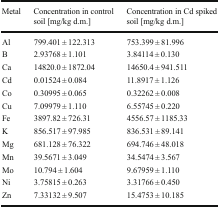
| Metal | Concentration in control soil [mg/kg d.m.] | Concentration in Cd spiked soil [mg/kg d.m.] |
 | --- | --- | --- |
 | Al | 799.401 ± 122.313 | 753.399 ± 81.996 |
 | B | 2.93768 ± 1.101 | 3.84114 ± 0.130 |
 | Ca | 14820.0 ± 1872.04 | 14650.4 ± 941.511 |
 | Cd | 0.01524 ± 0.084 | 11.8917 ± 1.126 |
 | Co | 0.30995 ± 0.065 | 0.32262 ± 0.008 |
 | Cu | 7.09979 ± 1.110 | 6.55745 ± 0.220 |
 | Fe | 3897.82 ± 726.31 | 4556.57 ± 1185.33 |
 | K | 856.517 ± 97.985 | 836.531 ± 89.141 |
 | Mg | 681.128 ± 76.322 | 694.746 ± 48.018 |
 | Mn | 39.5671 ± 3.049 | 34.5474 ± 3.567 |
 | Mo | 10.794 ± 1.604 | 9.67959 ± 1.110 |
 | Ni | 3.75815 ± 0.263 | 3.31766 ± 0.450 |
 | Zn | 7.33132 ± 9.507 | 15.4753 ± 10.185 |